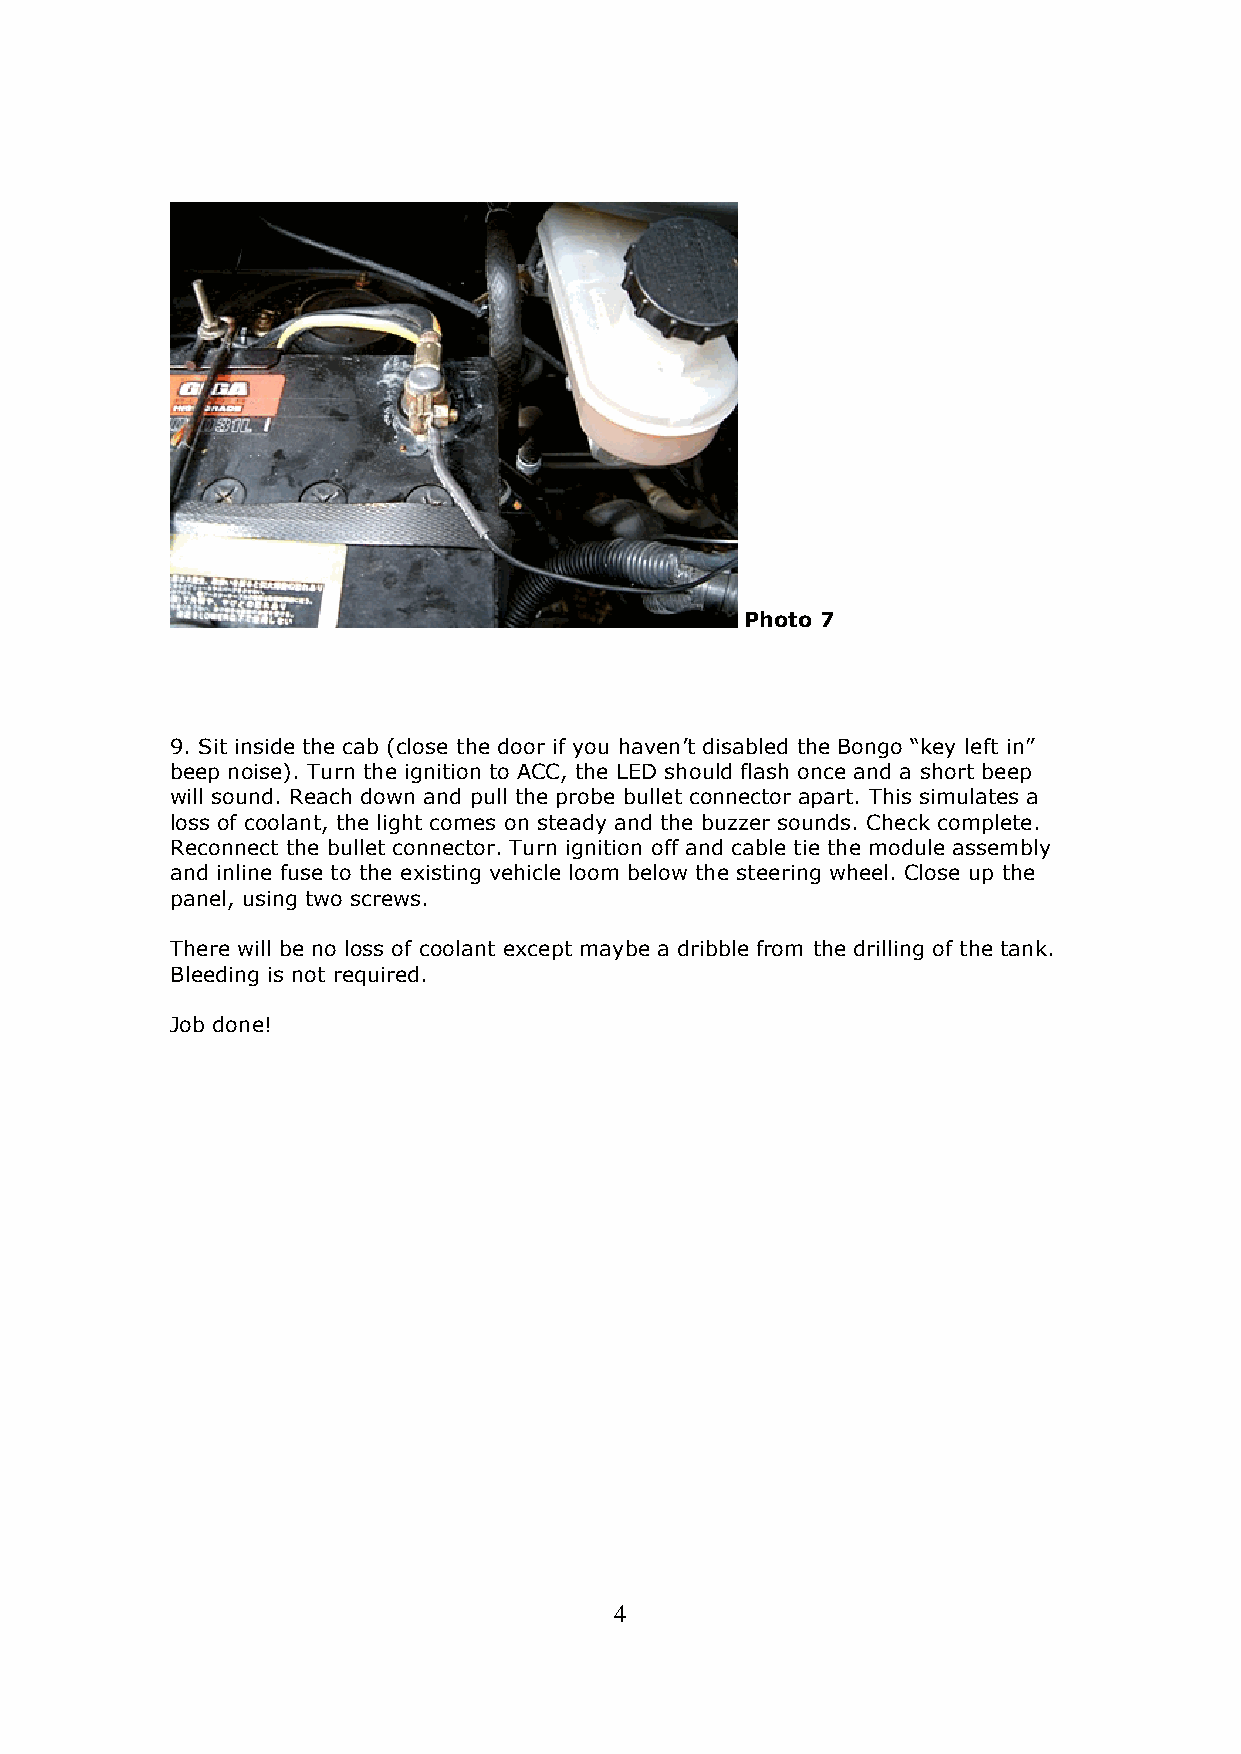
Photo 7
 9. Sit inside the cab (close the door if you haven’t disabled the Bongo “key left in”
 beep noise). Turn the ignition to ACC, the LED should flash once and a short beep
 will sound. Reach down and pull the probe bullet connector apart. This simulates a
 loss of coolant, the light comes on steady and the buzzer sounds. Check complete.
 Reconnect the bullet connector. Turn ignition off and cable tie the module assembly
 and inline fuse to the existing vehicle loom below the steering wheel. Close up the
 panel, using two screws.
 There will be no loss of coolant except maybe a dribble from the drilling of the tank.
 Bleeding is not required.
 Job done!
 4